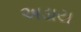
અડાય